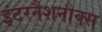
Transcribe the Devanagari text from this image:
इंटरनैशनौक्स